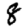
Digit: 8